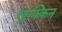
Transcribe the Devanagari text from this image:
लुफ्किन